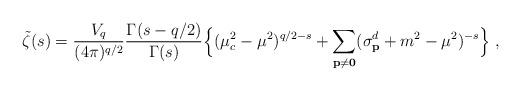
LaTeX: \begin{align*}\tilde{\zeta}(s)=\frac{V_q}{(4\pi)^{q/2}} \frac{\Gamma(s-q/2)}{\Gamma(s)}\Big\lbrace(\mu_c^2-\mu^2)^{q/2-s}+ \sum_{{\bf p}\ne{\bf 0}}(\sigma^d_{\bf p} +m^2-\mu^2)^{-s}\Big\rbrace\;,\end{align*}